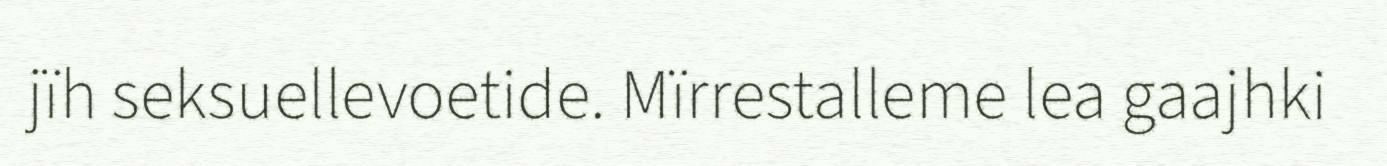
jïh seksuellevoetide. Mïrrestalleme lea gaajhki